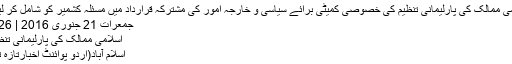
اسلامی ممالک کی پارلیمانی تنظیم کی خصوصی کمیٹی برائے سیاسی و خارجہ امور کی مشترکہ قرارداد میں مسئلہ کشمیر کو شامل کر لیا گیا
جمعرات 21 جنوری 2016 | 19:26
اسلامی ممالک کی پارلیمانی تنظیم ..
اسلام آباد(اُردو پوائنٹ اخبارتازہ ترین۔